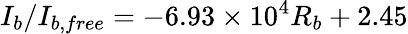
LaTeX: I_{b}/I_{b,free}=-6.93\times 10^{4}R_{b}+2.45